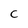
Character: c